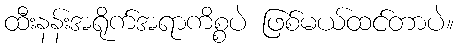
ထီးနန်းအရိုက်အရာကိစ္စပဲ ဖြစ်မယ်ထင်တာပဲ။